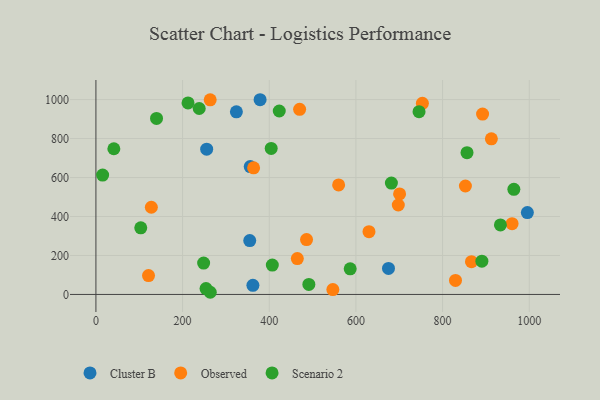
{"axis": {"x": "Ad Spend", "y": "Rating"}, "legend": ["Cluster B", "Observed", "Scenario 2"], "data": [{"x": "324.2", "y": 937.3, "type": "Cluster B"}, {"x": "255.6", "y": 745.7, "type": "Cluster B"}, {"x": "355.0", "y": 276.4, "type": "Cluster B"}, {"x": "675.2", "y": 133.4, "type": "Cluster B"}, {"x": "995.7", "y": 420.1, "type": "Cluster B"}, {"x": "356.1", "y": 656.2, "type": "Cluster B"}, {"x": "378.9", "y": 999.3, "type": "Cluster B"}, {"x": "362.3", "y": 46.6, "type": "Cluster B"}, {"x": "912.6", "y": 798.5, "type": "Observed"}, {"x": "852.7", "y": 556.6, "type": "Observed"}, {"x": "960.4", "y": 363.3, "type": "Observed"}, {"x": "630.2", "y": 322.3, "type": "Observed"}, {"x": "560.1", "y": 561.8, "type": "Observed"}, {"x": "753.4", "y": 980.7, "type": "Observed"}, {"x": "486.1", "y": 281.6, "type": "Observed"}, {"x": "464.8", "y": 184.2, "type": "Observed"}, {"x": "127.9", "y": 447.5, "type": "Observed"}, {"x": "866.7", "y": 167.9, "type": "Observed"}, {"x": "892.3", "y": 925.6, "type": "Observed"}, {"x": "263.7", "y": 999.0, "type": "Observed"}, {"x": "470.1", "y": 949.9, "type": "Observed"}, {"x": "546.8", "y": 25.0, "type": "Observed"}, {"x": "121.4", "y": 96.8, "type": "Observed"}, {"x": "829.8", "y": 71.7, "type": "Observed"}, {"x": "363.9", "y": 649.9, "type": "Observed"}, {"x": "697.8", "y": 459.1, "type": "Observed"}, {"x": "700.8", "y": 516.1, "type": "Observed"}, {"x": "404.5", "y": 749.5, "type": "Scenario 2"}, {"x": "238.4", "y": 954.2, "type": "Scenario 2"}, {"x": "263.9", "y": 11.1, "type": "Scenario 2"}, {"x": "586.8", "y": 131.2, "type": "Scenario 2"}, {"x": "103.5", "y": 341.8, "type": "Scenario 2"}, {"x": "856.4", "y": 727.5, "type": "Scenario 2"}, {"x": "407.1", "y": 150.6, "type": "Scenario 2"}, {"x": "745.7", "y": 937.8, "type": "Scenario 2"}, {"x": "964.5", "y": 539.4, "type": "Scenario 2"}, {"x": "933.5", "y": 356.9, "type": "Scenario 2"}, {"x": "423.1", "y": 941.4, "type": "Scenario 2"}, {"x": "139.9", "y": 903.5, "type": "Scenario 2"}, {"x": "681.9", "y": 571.5, "type": "Scenario 2"}, {"x": "212.6", "y": 982.7, "type": "Scenario 2"}, {"x": "254.1", "y": 30.3, "type": "Scenario 2"}, {"x": "41.4", "y": 747.8, "type": "Scenario 2"}, {"x": "491.4", "y": 51.5, "type": "Scenario 2"}, {"x": "248.6", "y": 161.1, "type": "Scenario 2"}, {"x": "890.7", "y": 170.8, "type": "Scenario 2"}, {"x": "15.5", "y": 612.8, "type": "Scenario 2"}]}